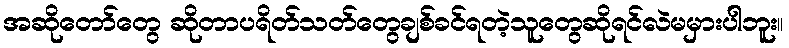
အဆိုတော်တွေ ဆိုတာပရိတ်သတ်တွေချစ်ခင်ရတဲ့သူတွေဆိုရင်လဲမမှားပါဘူး။